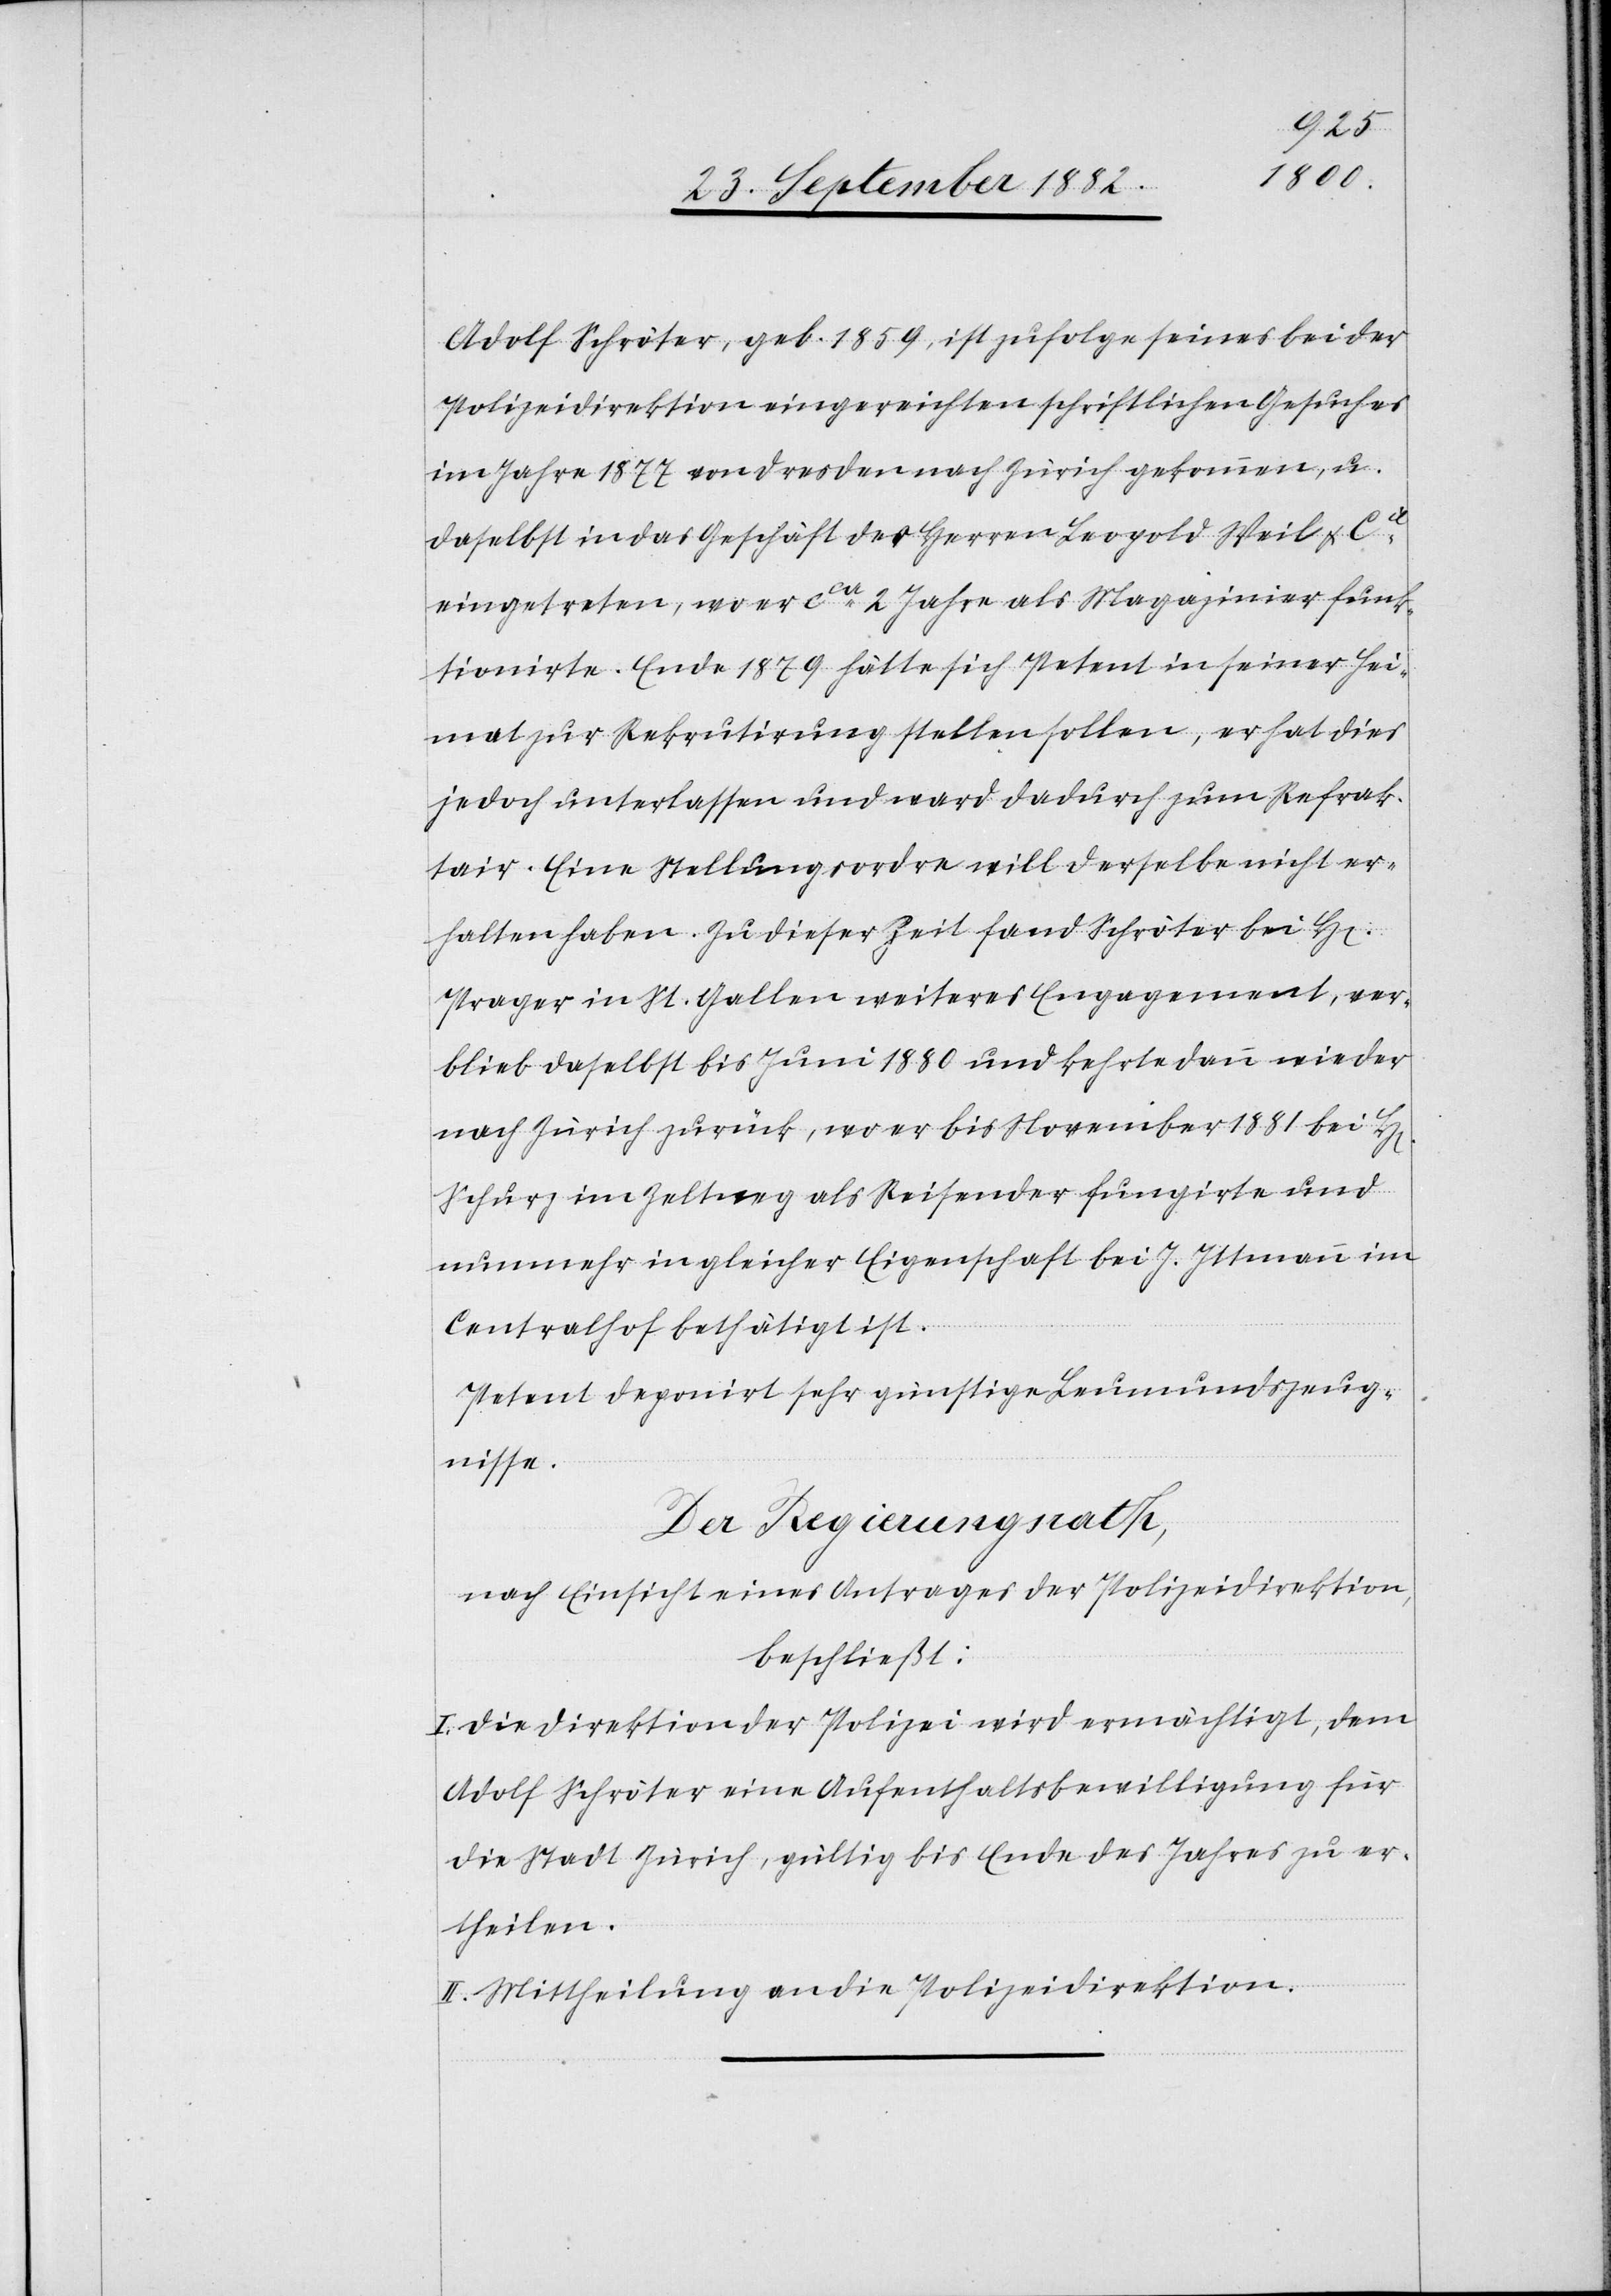
Adolf Schröter, geb. 1859, ist zufolge seines bei der
Polizeidirektion eingereichten schriftlichen Gesuches
im Jahre 1877 von Dresden nach Zürich gekommen, u.
daselbst in das Geschäft des Herren Leopold Weil & Cie
eingetreten, wo er ca 2 Jahre als Magazinier funk¬
tionirte. Ende 1879 hätte sich Petent in seiner Hei¬
mat zur Rekrutirung stellen sollen, er hat dies
jedoch unterlassen und ward dadurch zum Refrak¬
tair. Eine Stellungsordre will derselbe nicht er¬
halten haben. Zu dieser Zeit fand Schröter bei H[e¬
Prager in St. Gallen weiteres Engagement, ver¬
bliebt daselbst bis Juni 1880 und kehrte dann wieder
nach Zürich zurück, wo er bis November 1881 bei H[e¬
Schutz im Zeltweg als Reisender fungirte und
nunmehr in gleicher Eigenschaft bei J. Ittmann im
rren]
Centralhof bethätigt ist.
Petent deponirt sehr günstige Leumundszeug¬
nisse.
Der Regierungsrath,
nach Einsicht eines Antrages der Polizeidirektion,
beschließt:
I. Die Direktion der Polizei wird ermächtigt, dem
Adolf Schröter eine Aufenthaltsbewilligung für
die Stadt Zürich, gültig bis Ende des Jahres zu er¬
theilen.
II. Mittheilung an die Polizeidirektion.